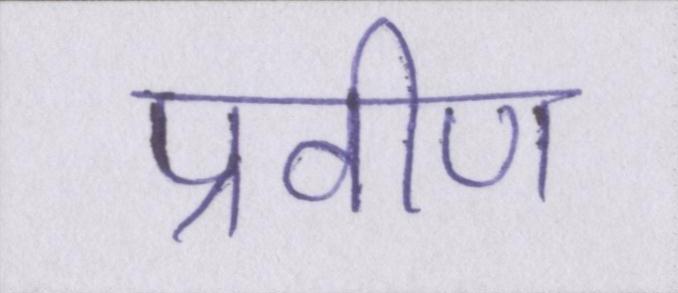
प्रवीण